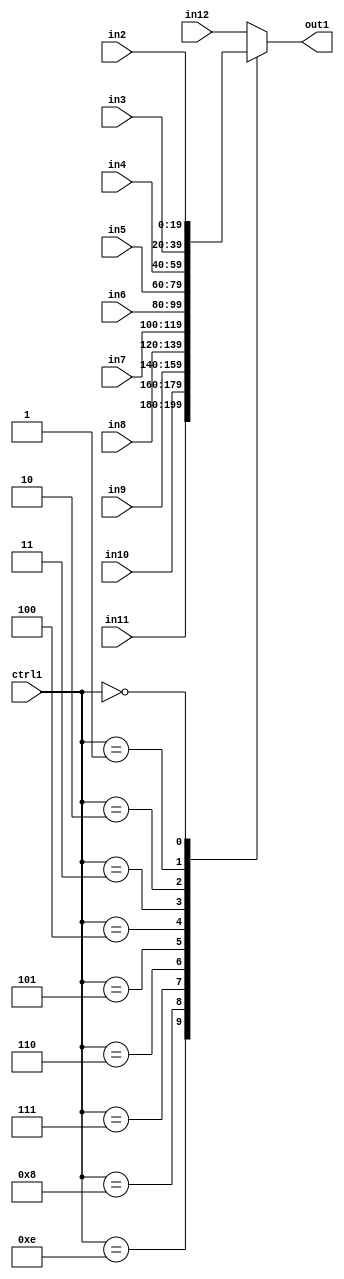
`timescale 1ps / 1ps
/*****************************************************************************
    Verilog RTL Description
    
    
    Created by: Stratus DpOpt 21.05.01 
*******************************************************************************/

module SobelFilter_N_Mux_20_11_23_1 (
	in12,
	in11,
	in10,
	in9,
	in8,
	in7,
	in6,
	in5,
	in4,
	in3,
	in2,
	ctrl1,
	out1
	); /* architecture "behavioural" */ 
input [19:0] in12,
	in11,
	in10,
	in9,
	in8,
	in7,
	in6,
	in5,
	in4,
	in3,
	in2;
input [3:0] ctrl1;
output [19:0] out1;
wire [19:0] asc001;

reg [19:0] asc001_tmp_0;
assign asc001 = asc001_tmp_0;
always @ (ctrl1 or in11 or in10 or in9 or in8 or in7 or in6 or in5 or in4 or in3 or in2 or in12) begin
	casez (ctrl1)
		4'B1110 : asc001_tmp_0 = in11 ;
		4'B1000 : asc001_tmp_0 = in10 ;
		4'B0111 : asc001_tmp_0 = in9 ;
		4'B0110 : asc001_tmp_0 = in8 ;
		4'B0101 : asc001_tmp_0 = in7 ;
		4'B0100 : asc001_tmp_0 = in6 ;
		4'B0011 : asc001_tmp_0 = in5 ;
		4'B0010 : asc001_tmp_0 = in4 ;
		4'B0001 : asc001_tmp_0 = in3 ;
		4'B0000 : asc001_tmp_0 = in2 ;
		default : asc001_tmp_0 = in12 ;
	endcase
end

assign out1 = asc001;
endmodule

/* CADENCE  s7H1Sw4= : u9/ySxbfrwZIxEzHVQQV8Q== ** DO NOT EDIT THIS LINE ******/